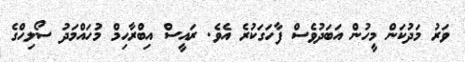
ވަރު މަދުކަން މީހުން އަބަދުވެސް ފާހަގަކުރެ އެވެ. ރައީސް އިބްރާހިމް މުހައްމަދު ސޯލިހްގެ